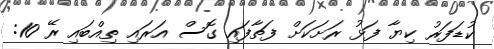
ކުޑަފަރު ކިޔާ ފަޅު ރަށަކަށް ފަތާފައި ގޮސް އަރައި ތިއްބައި ރޭ 10: